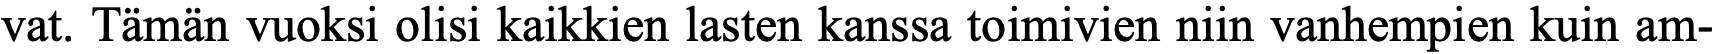
vat. Tämän vuoksi olisi kaikkien lasten kanssa toimivien niin vanhempien kuin am-